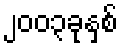
၂၀၀၃ခုနှစ်